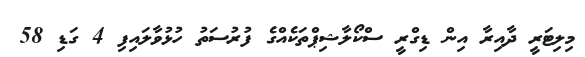
މިލިޓަރީ ދާއިރާ އިން ޑިގްރީ ސްކޯލާޝިޕްތަކެއްގެ ފުރުސަތު ހުޅުވާލައިފި 4 ގަޑި 58